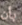
بأن